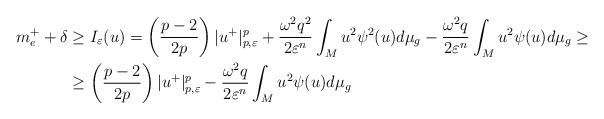
LaTeX: \begin{align*}m_{e}^{+}+\delta & \ge I_{\varepsilon}(u)=\left(\frac{p-2}{2p}\right)|u^{+}|_{p,\varepsilon}^{p}+\frac{\omega^{2}q^{2}}{2\varepsilon^{n}}\int_{M}u^{2}\psi^{2}(u)d\mu_{g}-\frac{\omega^{2}q}{2\varepsilon^{n}}\int_{M}u^{2}\psi(u)d\mu_{g}\ge\\ & \ge\left(\frac{p-2}{2p}\right)|u^{+}|_{p,\varepsilon}^{p}-\frac{\omega^{2}q}{2\varepsilon^{n}}\int_{M}u^{2}\psi(u)d\mu_{g}\end{align*}